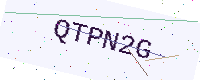
Text: QTPN2G